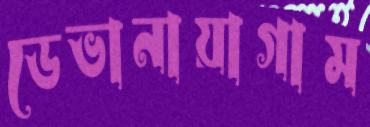
ডেভানায়াগাম